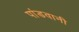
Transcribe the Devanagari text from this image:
पांडवानी